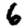
Digit: 6